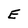
Character: E